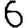
Digit: 6